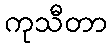
ကုသီတာ